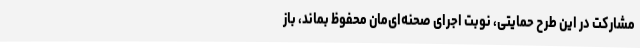
مشارکت در این طرح حمایتی، نوبت اجرای صحنه‌ای‌مان محفوظ بماند، باز